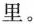
里。